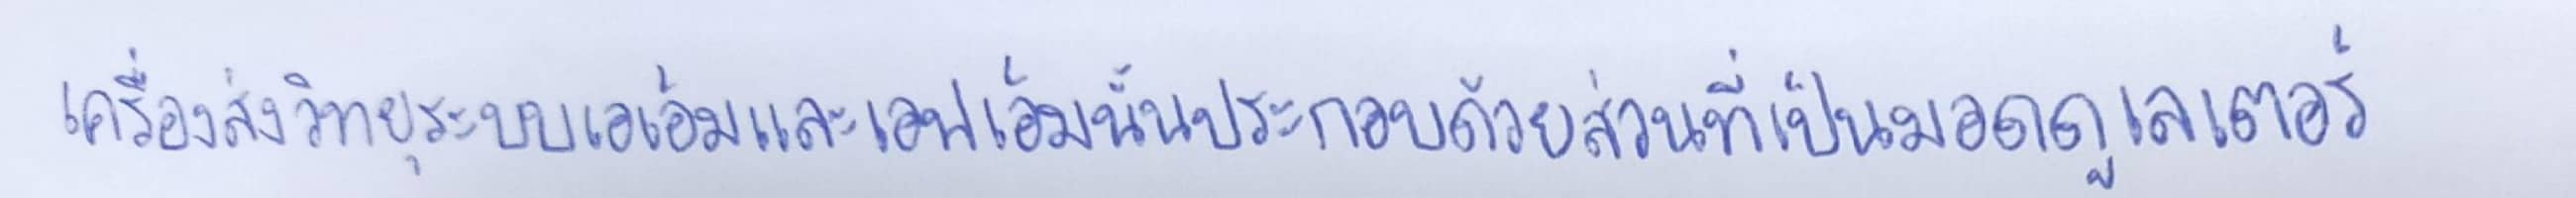
เครื่องส่งวิทยุระบบเอเอ็มและเอฟเอ็มนั้นประกอบด้วยส่วนที่เป็นมอดดูเลเตอร์